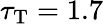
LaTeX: \tau_{\mathrm{T}}=1.7